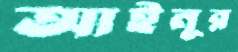
আইনূর